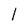
Character: l